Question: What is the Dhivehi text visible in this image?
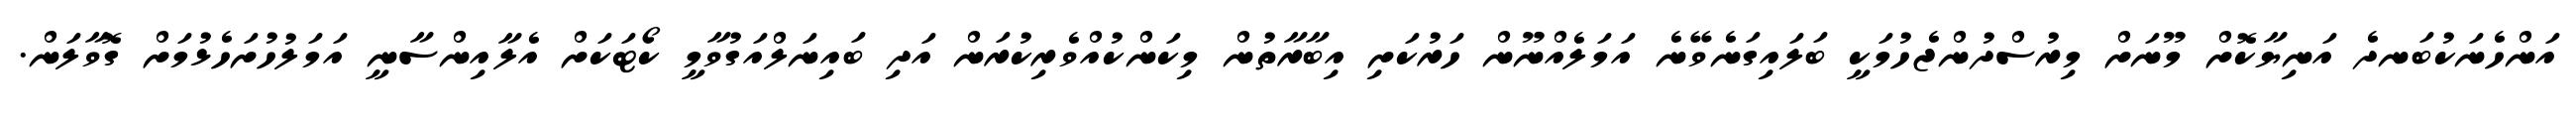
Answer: އަންހެނަކުބަނދެ އަނިޔާކޮށް މޫނަށް މިރުސްދުންޖެހުމަކީ ބަލައިގަނެވޭނެ އަމަލެއްނޫން ހަރުކަށި އިބާރާތުން މިކަންކުއްވެރިކުރަން އަދި ބައިނަލްއަގުވާމީ ކޯޓަކަށް އެލާއިންސާނީ އަމަލުހުށަހެޅުމަށް ގޮވާލަން.